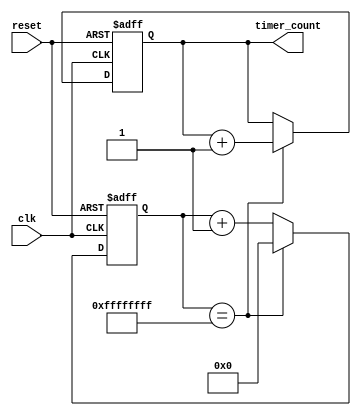
module rtc_timer (
    input wire clk,
    input wire reset,
    output reg [31:0] timer_count
);

reg [31:0] internal_count;

always @(posedge clk or posedge reset) begin
    if (reset) begin
        internal_count <= 32'h0;
        timer_count <= 32'h0;
    end else begin
        internal_count <= internal_count + 32'h1;
        if (internal_count == 32'hFFFFFFFF) begin
            internal_count <= 32'h0;
            timer_count <= timer_count + 32'h1;
        end
    end
end

endmodule